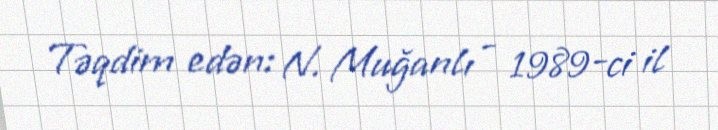
Təqdim edən: N. Muğanlı - 1989-ci il